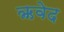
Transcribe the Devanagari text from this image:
ऋवेद